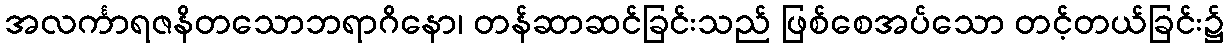
အလင်္ကာရဇနိတသောဘရာဂိနော၊ တန်ဆာဆင်ခြင်းသည် ဖြစ်စေအပ်သော တင့်တယ်ခြင်း၌